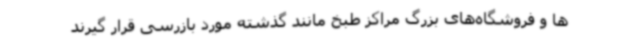
ها و فروشگاه‌های بزرگ مراکز طبخ مانند گذشته مورد بازرسی قرار گیرند